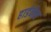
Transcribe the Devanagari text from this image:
हार्डनेस